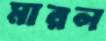
মারল